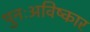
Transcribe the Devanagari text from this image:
पुनःअविष्कार